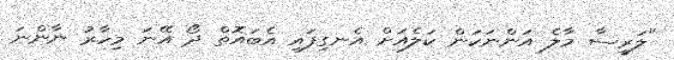
"ލަރީސާ މާލެ އަންނަކަން ކަލެއަށް އެނގިފައި އެބައޮތް ދޯ އޭނަ މިހާރު ނާންނަ